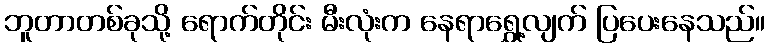
ဘူတာတစ်ခုသို့ ရောက်တိုင်း မီးလုံးက နေရာရွှေ့လျက် ပြပေးနေသည်။